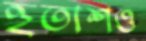
হুতাশও